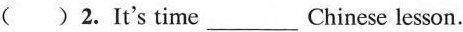
( )2.It's time___Chinese lesson.